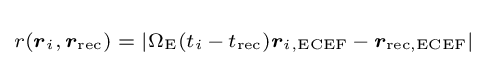
\scriptstyle r({\boldsymbol {r}}_{i},\,{\boldsymbol {r}}_{\text{rec}})\;=\;|\Omega _{\text{E}}(t_{i}\,-\,t_{\text{rec}}){\boldsymbol {r}}_{i,{\text{ECEF}}}\,-\,{\boldsymbol {r}}_{\text{rec,ECEF}}|